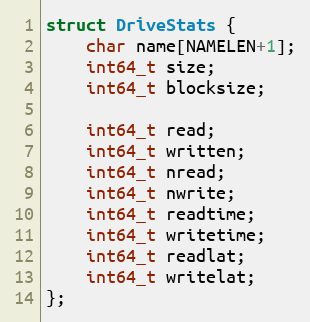
Language: C
struct DriveStats {
	char name[NAMELEN+1];
	int64_t size;
	int64_t blocksize;

	int64_t read;
	int64_t written;
	int64_t nread;
	int64_t nwrite;
	int64_t readtime;
	int64_t writetime;
	int64_t readlat;
	int64_t writelat;
};